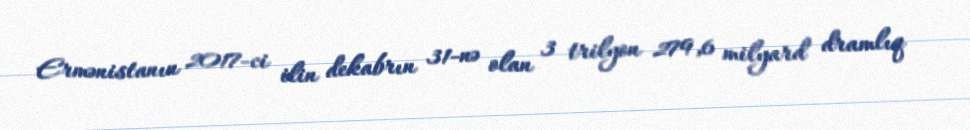
Ermənistanın 2017-ci ilin dekabrın 31-nə olan 3 trilyon 279,6 milyard dramlıq